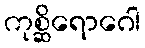
ကုစ္ဆိရောဂေါ